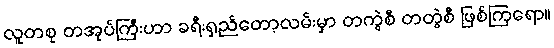
လူတစု တအုပ်ကြီးဟာ ခရီးရှည်တော့လမ်းမှာ တကွဲစီ တတွဲစီ ဖြစ်ကြရော။